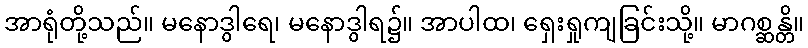
အာရုံတို့သည်။ မနောဒွါရေ၊ မနောဒွါရ၌။ အာပါထ၊ ရှေးရှုကျခြင်းသို့။ မာဂစ္ဆန္တိ။